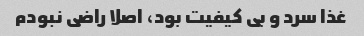
غذا سرد و بی کیفیت بود، اصلا راضی نبودم